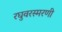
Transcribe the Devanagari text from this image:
रघुवरस्मरणी